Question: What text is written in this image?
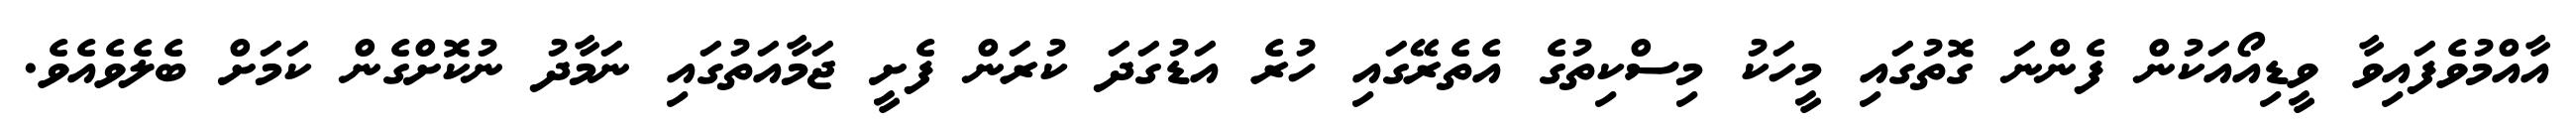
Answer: އާއްމުވެފައިވާ ވީޑިއޯއަކުން ފެންނަ ގޮތުގައި މީހަކު މިސްކިތުގެ އެތެރޭގައި ހުރެ އަޑުގަދަ ކުރަން ފެށީ ޖަމާއަތުގައި ނަމާދު ނުކޮށްގެން ކަމަށް ބެލެވެއެވެ.